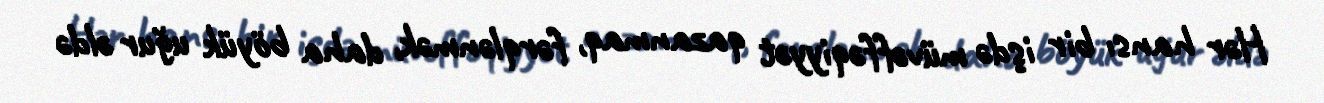
Hər hansı bir işdə müvəffəqiyyət qazanmaq, fərqlənmək, daha böyük uğur əldə